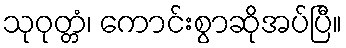
သုဝုတ္တံ၊ ကောင်းစွာဆိုအပ်ပြီ။